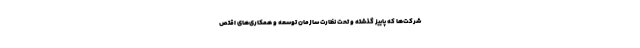
شرکت‌ها که پاییز گذشته و تحت نظارت سازمان توسعه و همکاری‌های اقتص